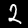
Digit: 2